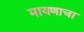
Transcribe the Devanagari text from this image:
मायणाचा